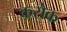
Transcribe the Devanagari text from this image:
करोक